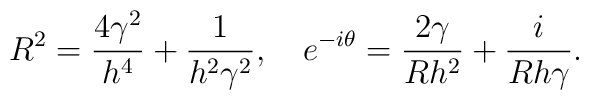
R^2={4\gamma^2\over h^4}+{1\over h^2\gamma^2},\quad e^{-i\theta}={2\gamma\over Rh^2}+{i\over R h\gamma}.